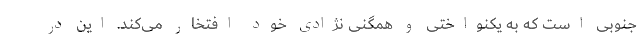
جنوبی است که به یکنواختی و همگنی نژادی خود افتخار می‌کند. این در